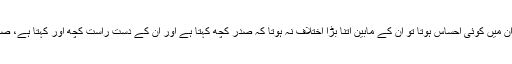
یہ تو وہی بات ہے کہ "ما چہ میگم و… ما چہ میگہ ” لہذا اگر ان میں کوئی احساس ہوتا تو ان کے مابین اتنا بڑا اختلاف نہ ہوتا کہ صدر کچھ کہتا ہے اور ان کے دست راست کچھ اور کہتا ہے، صاف ظاہر ہے کہ ان میں سے ایک نے ضرور جھوٹ بولا ہے ۔